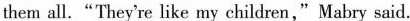
them all."They're like my children,"Mabry said.